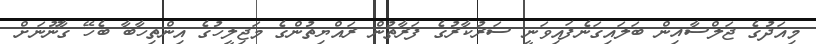
މިއަދުގެ ޖަލްސާއިން ބަލައިގަނެފައިވަނީ ސަރުކާރުގެ ފަރާތުން ރައްޔިތުންގެ މަޖިލީހުގެ އިންތިހާބާ ބެހޭ ގާނޫނަށް